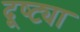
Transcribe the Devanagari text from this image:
दूष्ट्या